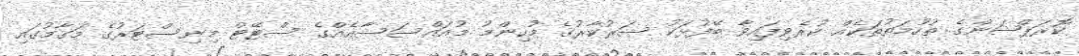
ކޮރަޕްޝަންގެ ތުހުމަތުތަކެއް ކުރެވިފައިވާ ބޭފުޅަކު ސަރުކާރުގެ މުހިންމު މުއައްސަސާއެއްގެ ސްޓޭޓް މިނިސްޓަރުގެ މަޤާމުގައި